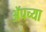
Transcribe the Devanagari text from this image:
ॲपच्या